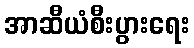
အာဆီယံစီးပွားရေး